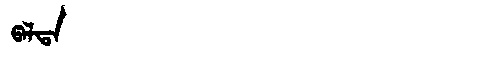
Manchu: ᡦᠠᠯᡨᠠ
Romanization: PALTA